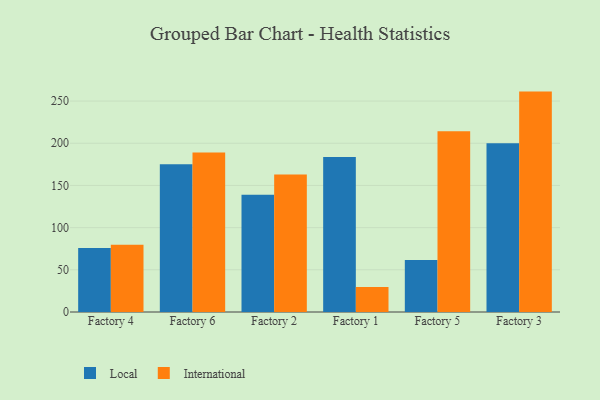
{"axis": {"x": "Factory", "y": "Inventory Turnover"}, "legend": ["International", "Local"], "data": [{"x": "Factory 4", "y": 75.9, "type": "Local"}, {"x": "Factory 4", "y": 79.7, "type": "International"}, {"x": "Factory 6", "y": 175.2, "type": "Local"}, {"x": "Factory 6", "y": 188.9, "type": "International"}, {"x": "Factory 2", "y": 138.9, "type": "Local"}, {"x": "Factory 2", "y": 162.9, "type": "International"}, {"x": "Factory 1", "y": 183.8, "type": "Local"}, {"x": "Factory 1", "y": 29.5, "type": "International"}, {"x": "Factory 5", "y": 61.6, "type": "Local"}, {"x": "Factory 5", "y": 214.2, "type": "International"}, {"x": "Factory 3", "y": 200.1, "type": "Local"}, {"x": "Factory 3", "y": 261.2, "type": "International"}]}